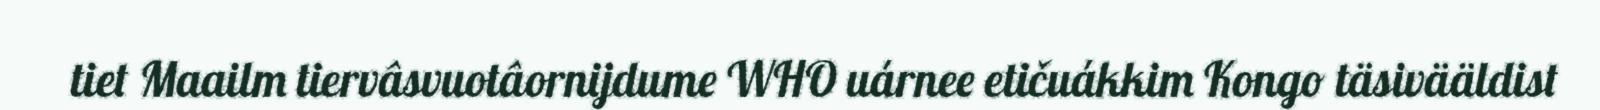
tiet Maailm tiervâsvuotâornijdume WHO uárnee etičuákkim Kongo täsivääldist